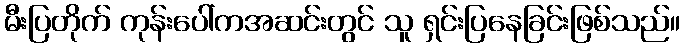
မီးပြတိုက် ကုန်းပေါ်ကအဆင်းတွင် သူ ရှင်းပြနေခြင်းဖြစ်သည်။